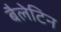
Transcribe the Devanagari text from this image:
बैलेटिन